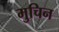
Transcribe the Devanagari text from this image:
मुचिन